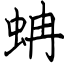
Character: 蚺